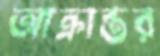
আক্রান্তর